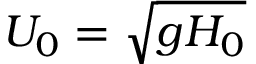
U _ { 0 } = \sqrt { g H _ { 0 } }